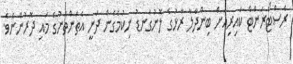
ރެސްޓޯރަންޓް ކައިރިއަށް ބިންދާލާ ރާޅުގެ ލޮނުގަނޑު ނިކުމެގެން ދަނީ އެތަންތަނުގެ މައި ދޮރުންނެވެ.